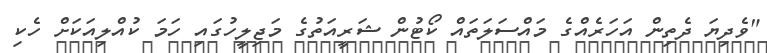
"ވެދިޔަ ދެތިން އަހަރެއްގެ މައްސަލަތައް ކޯޓުން ޝަރީއަތުގެ މަޖިލީހުގައި ހަމަ ކުއްލިއަކަށް ހެކި